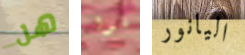
هل غنوا اليانور